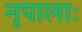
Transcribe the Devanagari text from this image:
नृपालाः